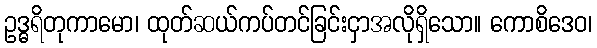
ဥဒ္ဓရိတုကာမော၊ ထုတ်ဆယ်ကပ်တင်ခြင်းငှာအလိုရှိသော။ ကောစိဒေဝ၊